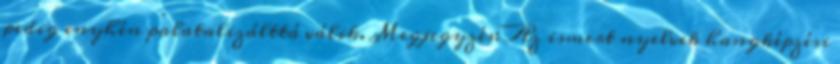
pedig enyhén palatalizálttá válik. Megjegyzés: Az ismert nyelvek hangképzési